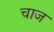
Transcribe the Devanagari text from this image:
चाज